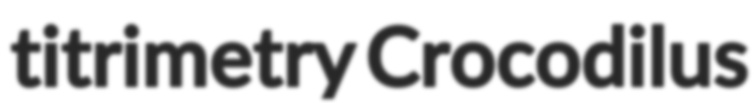
titrimetry Crocodilus